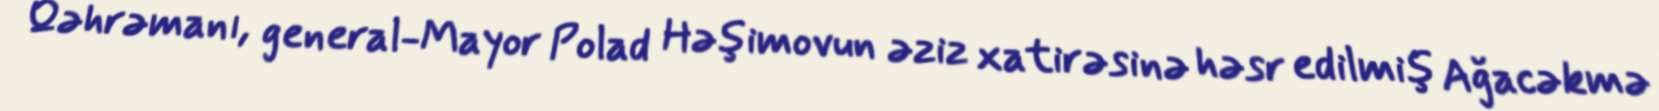
Qəhrəmanı, general-Mayor Polad Həşimovun əziz xatirəsinə həsr edilmiş Ağacəkmə